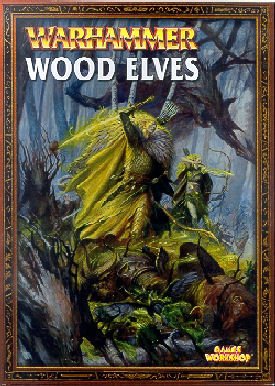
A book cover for Warhammer Armies: Wood Elves; Nigel Stillman; Science Fiction & Fantasy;